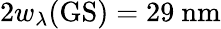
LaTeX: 2w_{\lambda}(\mathrm{GS})=29~\mathrm{nm}